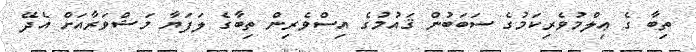
ތިބާ ގެ ޢިލްމުވެރިކަމުގެ ސަބަބުން ޤައުމުގެ އިސްވެރިން ތިބާގެ ލަފަޔާ މަޝްވަރާއަށް އެދޭ